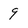
Character: 9